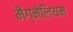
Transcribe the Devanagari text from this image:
मैग्नेलियम